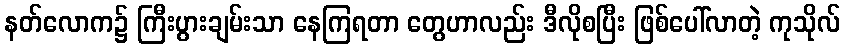
နတ်လောက၌ ကြီးပွားချမ်းသာ နေကြရတာ တွေဟာလည်း ဒီလိုစပြီး ဖြစ်ပေါ်လာတဲ့ ကုသိုလ်